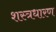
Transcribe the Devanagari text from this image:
शस्त्रधारण